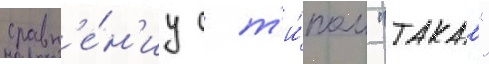
сравн'е́н'иу с т'и́пом "такао"